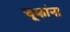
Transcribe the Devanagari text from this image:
चूकांना